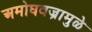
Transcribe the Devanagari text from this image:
अमोघवज्रामुळे